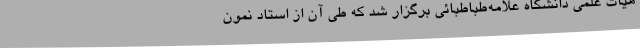
هیات علمی دانشگاه علامه‌طباطبائی برگزار شد که طی آن از استاد نمون